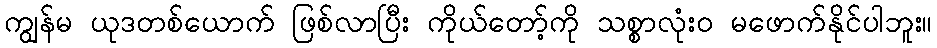
ကျွန်မ ယုဒတစ်ယောက် ဖြစ်လာပြီး ကိုယ်တော့်ကို သစ္စာလုံးဝ မဖောက်နိုင်ပါဘူး။